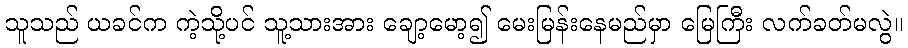
သူသည် ယခင်က ကဲ့သို့ပင် သူ့သားအား ချော့မော့၍ မေးမြန်းနေမည်မှာ မြေကြီး လက်ခတ်မလွဲ။